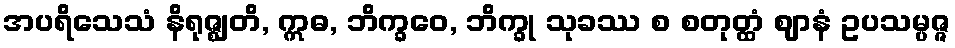
အပရိသေသံ နိရုဇ္ဈတိ, ဣဓ, ဘိက္ခဝေ, ဘိက္ခု သုခဿ စ စတုတ္ထံ ဈာနံ ဥပသမ္ပဇ္ဇ